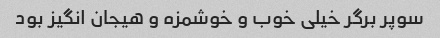
سوپر برگر خیلی خوب و خوشمزه و هیجان انگیز بود